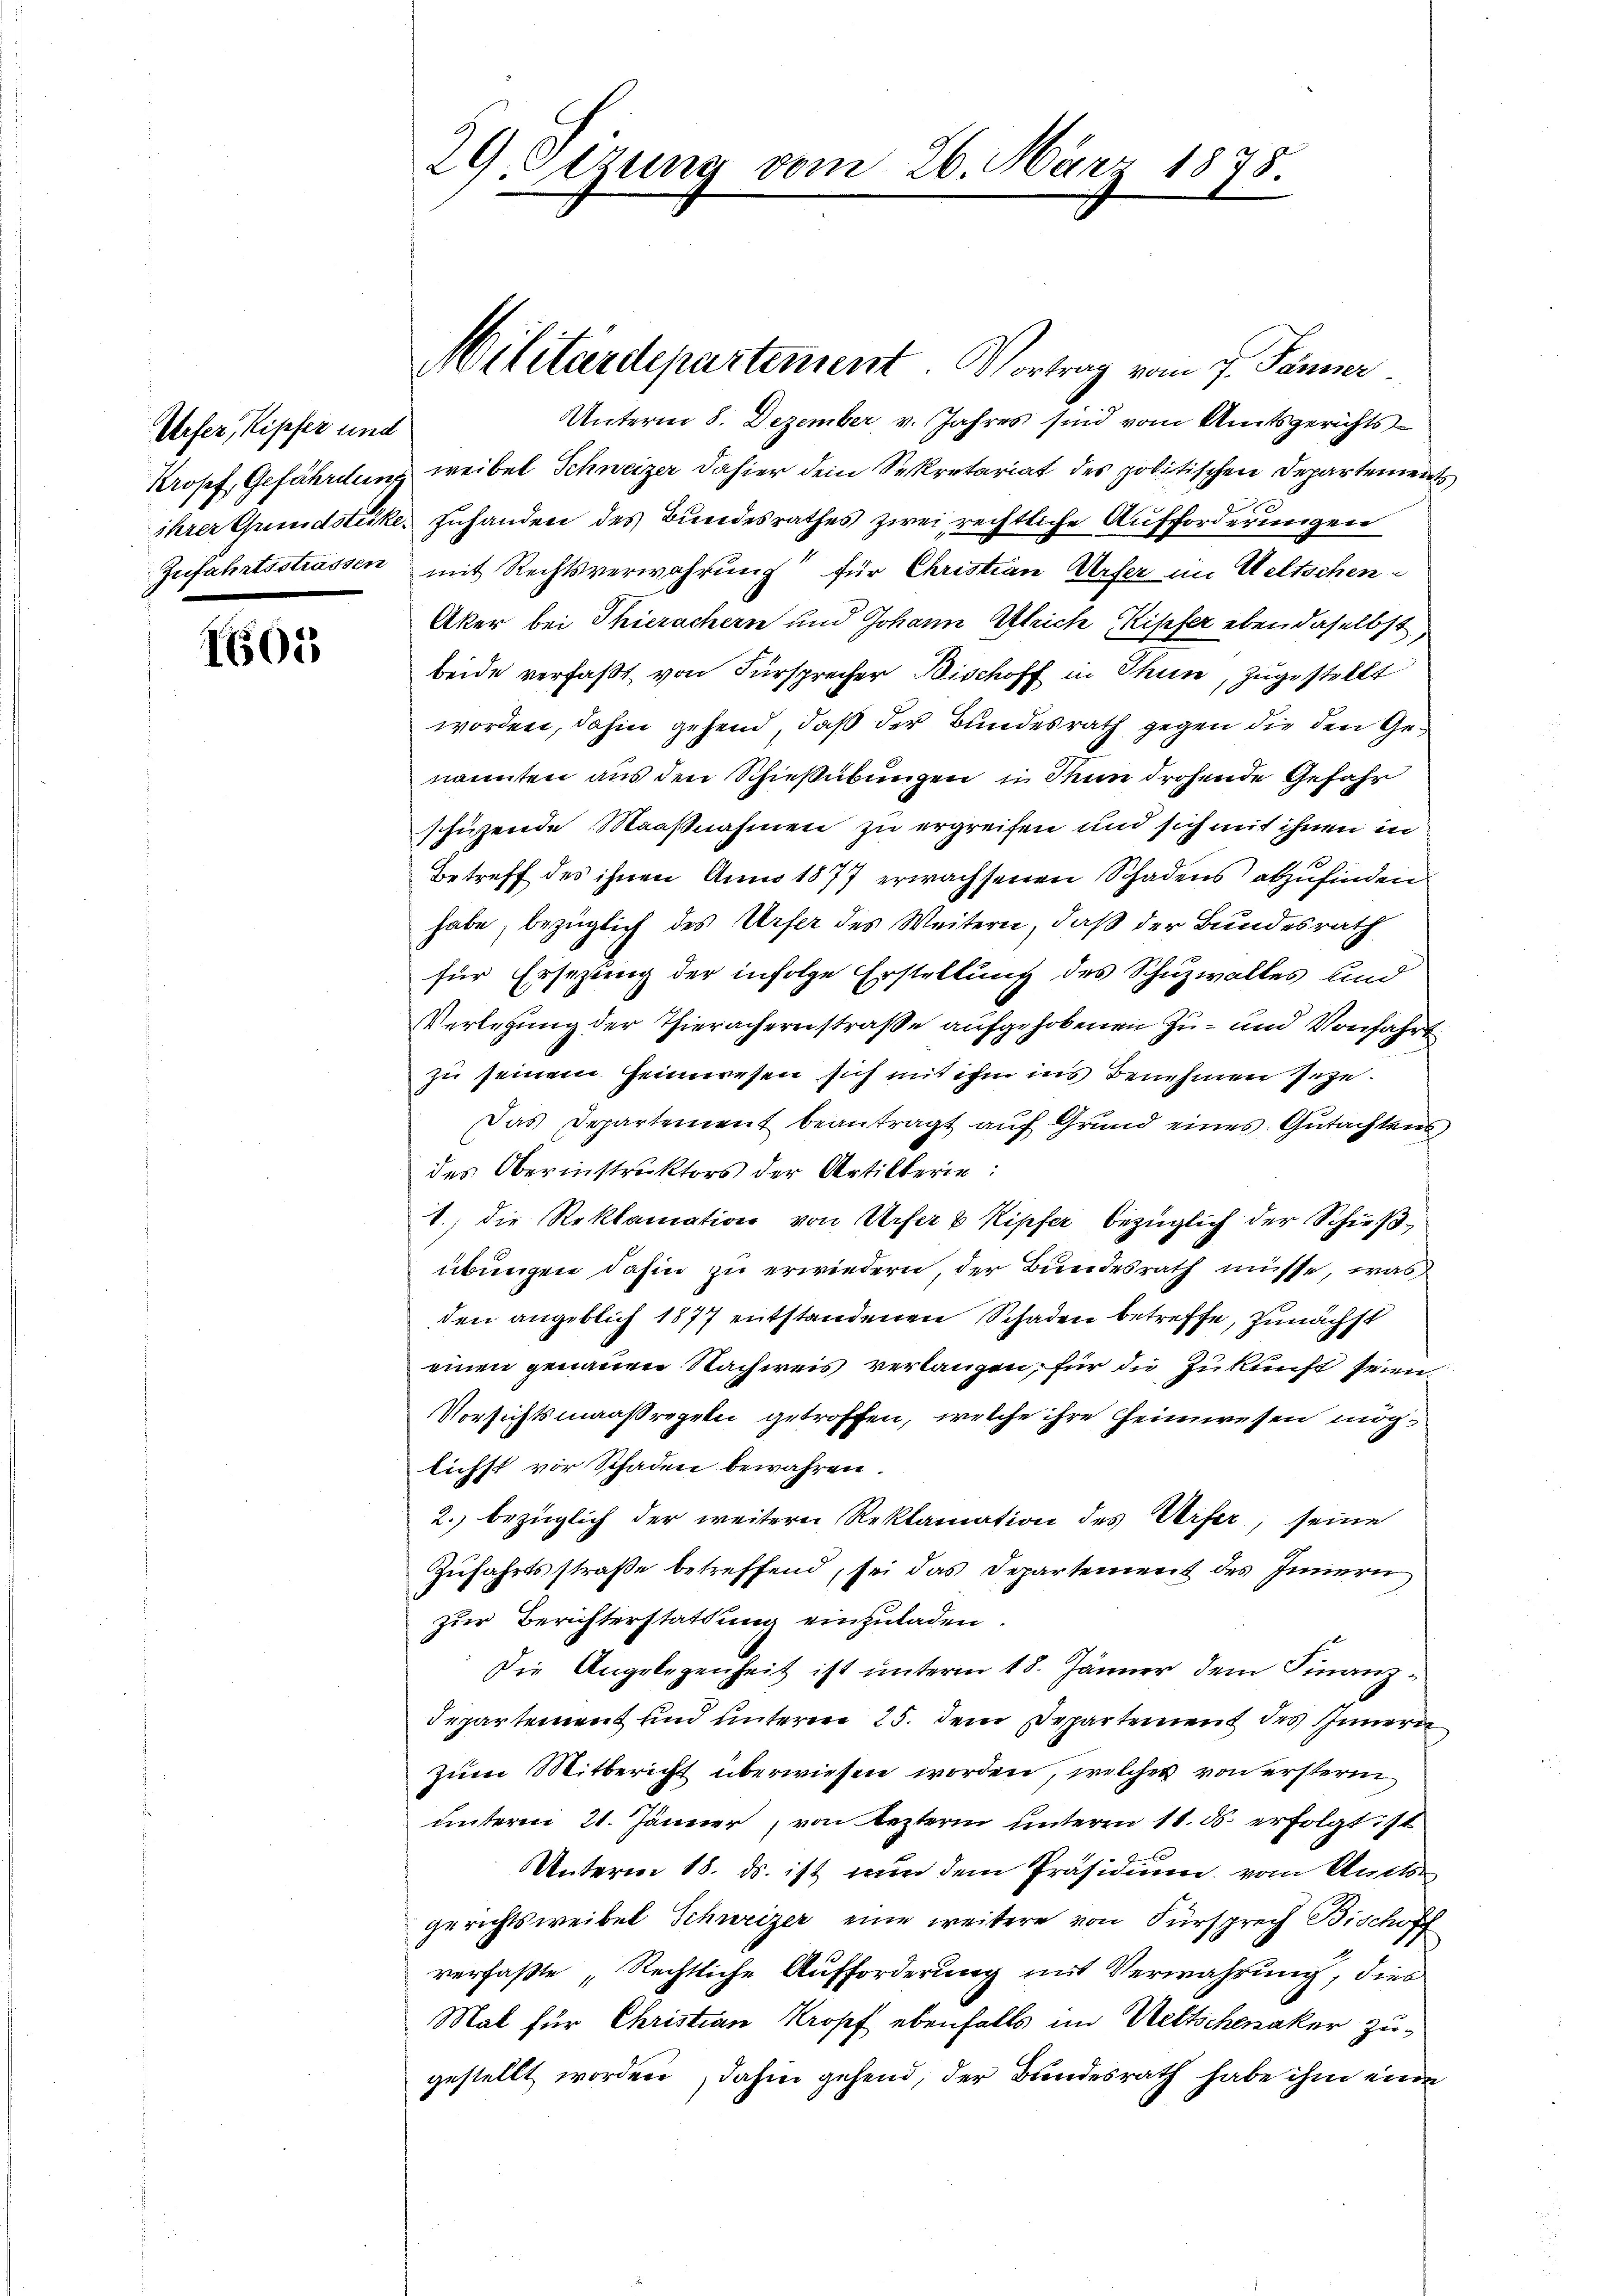
Urfer, Kipfer und

1605

29. Setzung vom 26. März 1878.

Unterm 8. Dezember v. Jahres sind vom Amtsgerichts¬
Krosef Gefährdung weibel Schweizer dahier dein Sekretariat des politischen Departemen
ihrer Grundstücke, zuhanden des Bundesrathes zwei rechtliche Aufforderungen
Zufahrtsstrassen mit Rechtsverwahrung für Christian Urser im Weltschen
Aker bei Thierachern und Johann Ulrich Kipfer eben daselbst,
beide verfaßt von Fürsprecher Bischoff in Thun, zugestellt
worden, dahin gehend, daß der Bundesrath gegen die den Genannten aus den Schießübungen u Sein drohende Gefahr
schusende Maaßnahmen zu ergreifen und sich mit ihnen in
Betreff des ihnen Anno 1877 erwachsenen Schadens abzufinden.
habe, bezüglich des Urser des Weitern, daß der Bundesrath
für Ersezung der infolge Erstellung des Schuzwalles und
Verlegung der Thierachernstraße aufgehobenen Zu- und Vonfahrt
zu seinem Heimwesen sich mit ihm ins Benehmen gege¬
Das Departement beantragt auf Grund eines Gutachtens
des Oberinstruktors der Artillerie:
1., die Reklamation von Urfer & Kipfer bezüglich der Schießübungen dahin zu erwiedern, der Bundesrath müsse, was
den angeblich 1877 entstandenen Schaden betreffe, zunächst
einen genauen Nachweis verlangen, für die Zukunft seien
Vorsichtsmaaßregeln getroffen, welche ihre Heimwesen möglichst vor Schaden bewahren.
2. bezüglich der weitern Reklamation des Verfer, seine
Zufahrtsstraße betreffend, sei das Departement des Innern
zur Berichterstattung einzuladen.
Die Angelegenheit ist unterm 18. Jänner dem Finanz¬
Departement und unterm 25. dem Departement des Innern,
Zum Mitbericht überwiesen worden, welches von erstern
unterm 21. Jänner, von lezterm unteren 11. d. erfolgt ist
1
Unterm 18. ds. ist nun dem Präsidium vom Amtsgerichtsweibel Schweizer eine weitere von Fürsprech Bischoff
verfaßte „Rechtliche Aufforderung mit Verwahrung, dies
Mal für Christian Kropf ebenfalls im Wettschenaker zugestellt worden, dahin gehend, der Bundesrath habe ihm eine

Militärdepartement Vortrag vom 7. Jänner